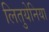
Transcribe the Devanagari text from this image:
लितुयेनिया